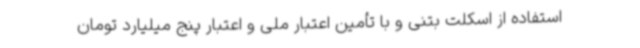
استفاده از اسکلت بتنی و با تأمین اعتبار ملی و اعتبار پنج میلیارد تومان